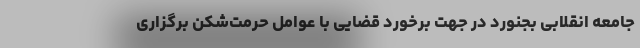
جامعه انقلابی بجنورد در جهت برخورد قضایی با عوامل حرمت‌شکن برگزاری